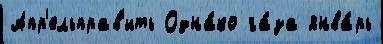
Апр'ельправ'ить Одна́ко га́за янва́рь